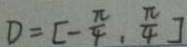
D = [ - \frac { \pi } { 4 } , \frac { \pi } { 4 } ]